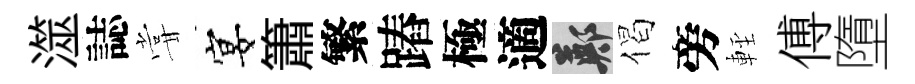
澨誌甞宴簫繁蹖極適鄭偈旁䡖傅墮